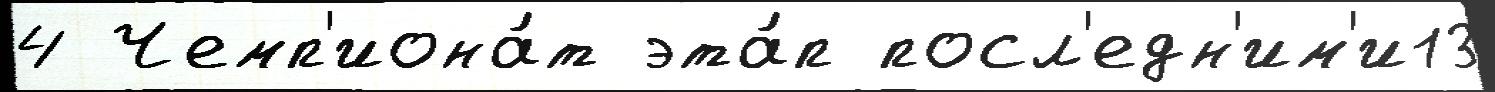
4 Чемп'иона́т эта́п посл'едн'им'и13